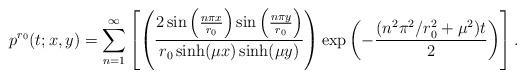
LaTeX: \begin{align*}p^{r_0}(t;x,y) = \sum_{n=1}^\infty \left[ \left(\frac{2 \sin\left(\frac{n \pi x}{r_0}\right) \sin\left(\frac{n \pi y}{r_0}\right) }{ r_0 \sinh (\mu x) \sinh (\mu y)}\right) \exp\left(-\frac{(n^2 \pi^2 / r_0^2 +\mu^2)t}{2} \right) \right].\end{align*}